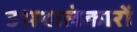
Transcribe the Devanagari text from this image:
उभयालंकारों